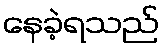
နေခဲ့ရသည်